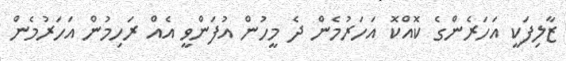
ޒާލިފަކީ އަހަރެންގެ ކޮއްކޮ އަހަރުމެން ދެ މީހުން އުފަންވީ އެއް ރަހިމުން އަހަރުމެން